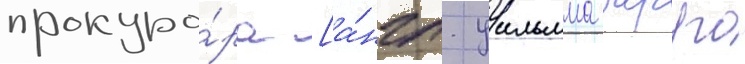
прокуро́ра [а́нгл. уильяма барра